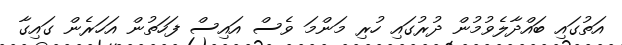
އަތުގައި ބައްދާލެވުމުން ދުރުގައި ހުރި މަންމަ ވެސް އައިސް ފަހަތުން އަހަރެން ގައިގާ